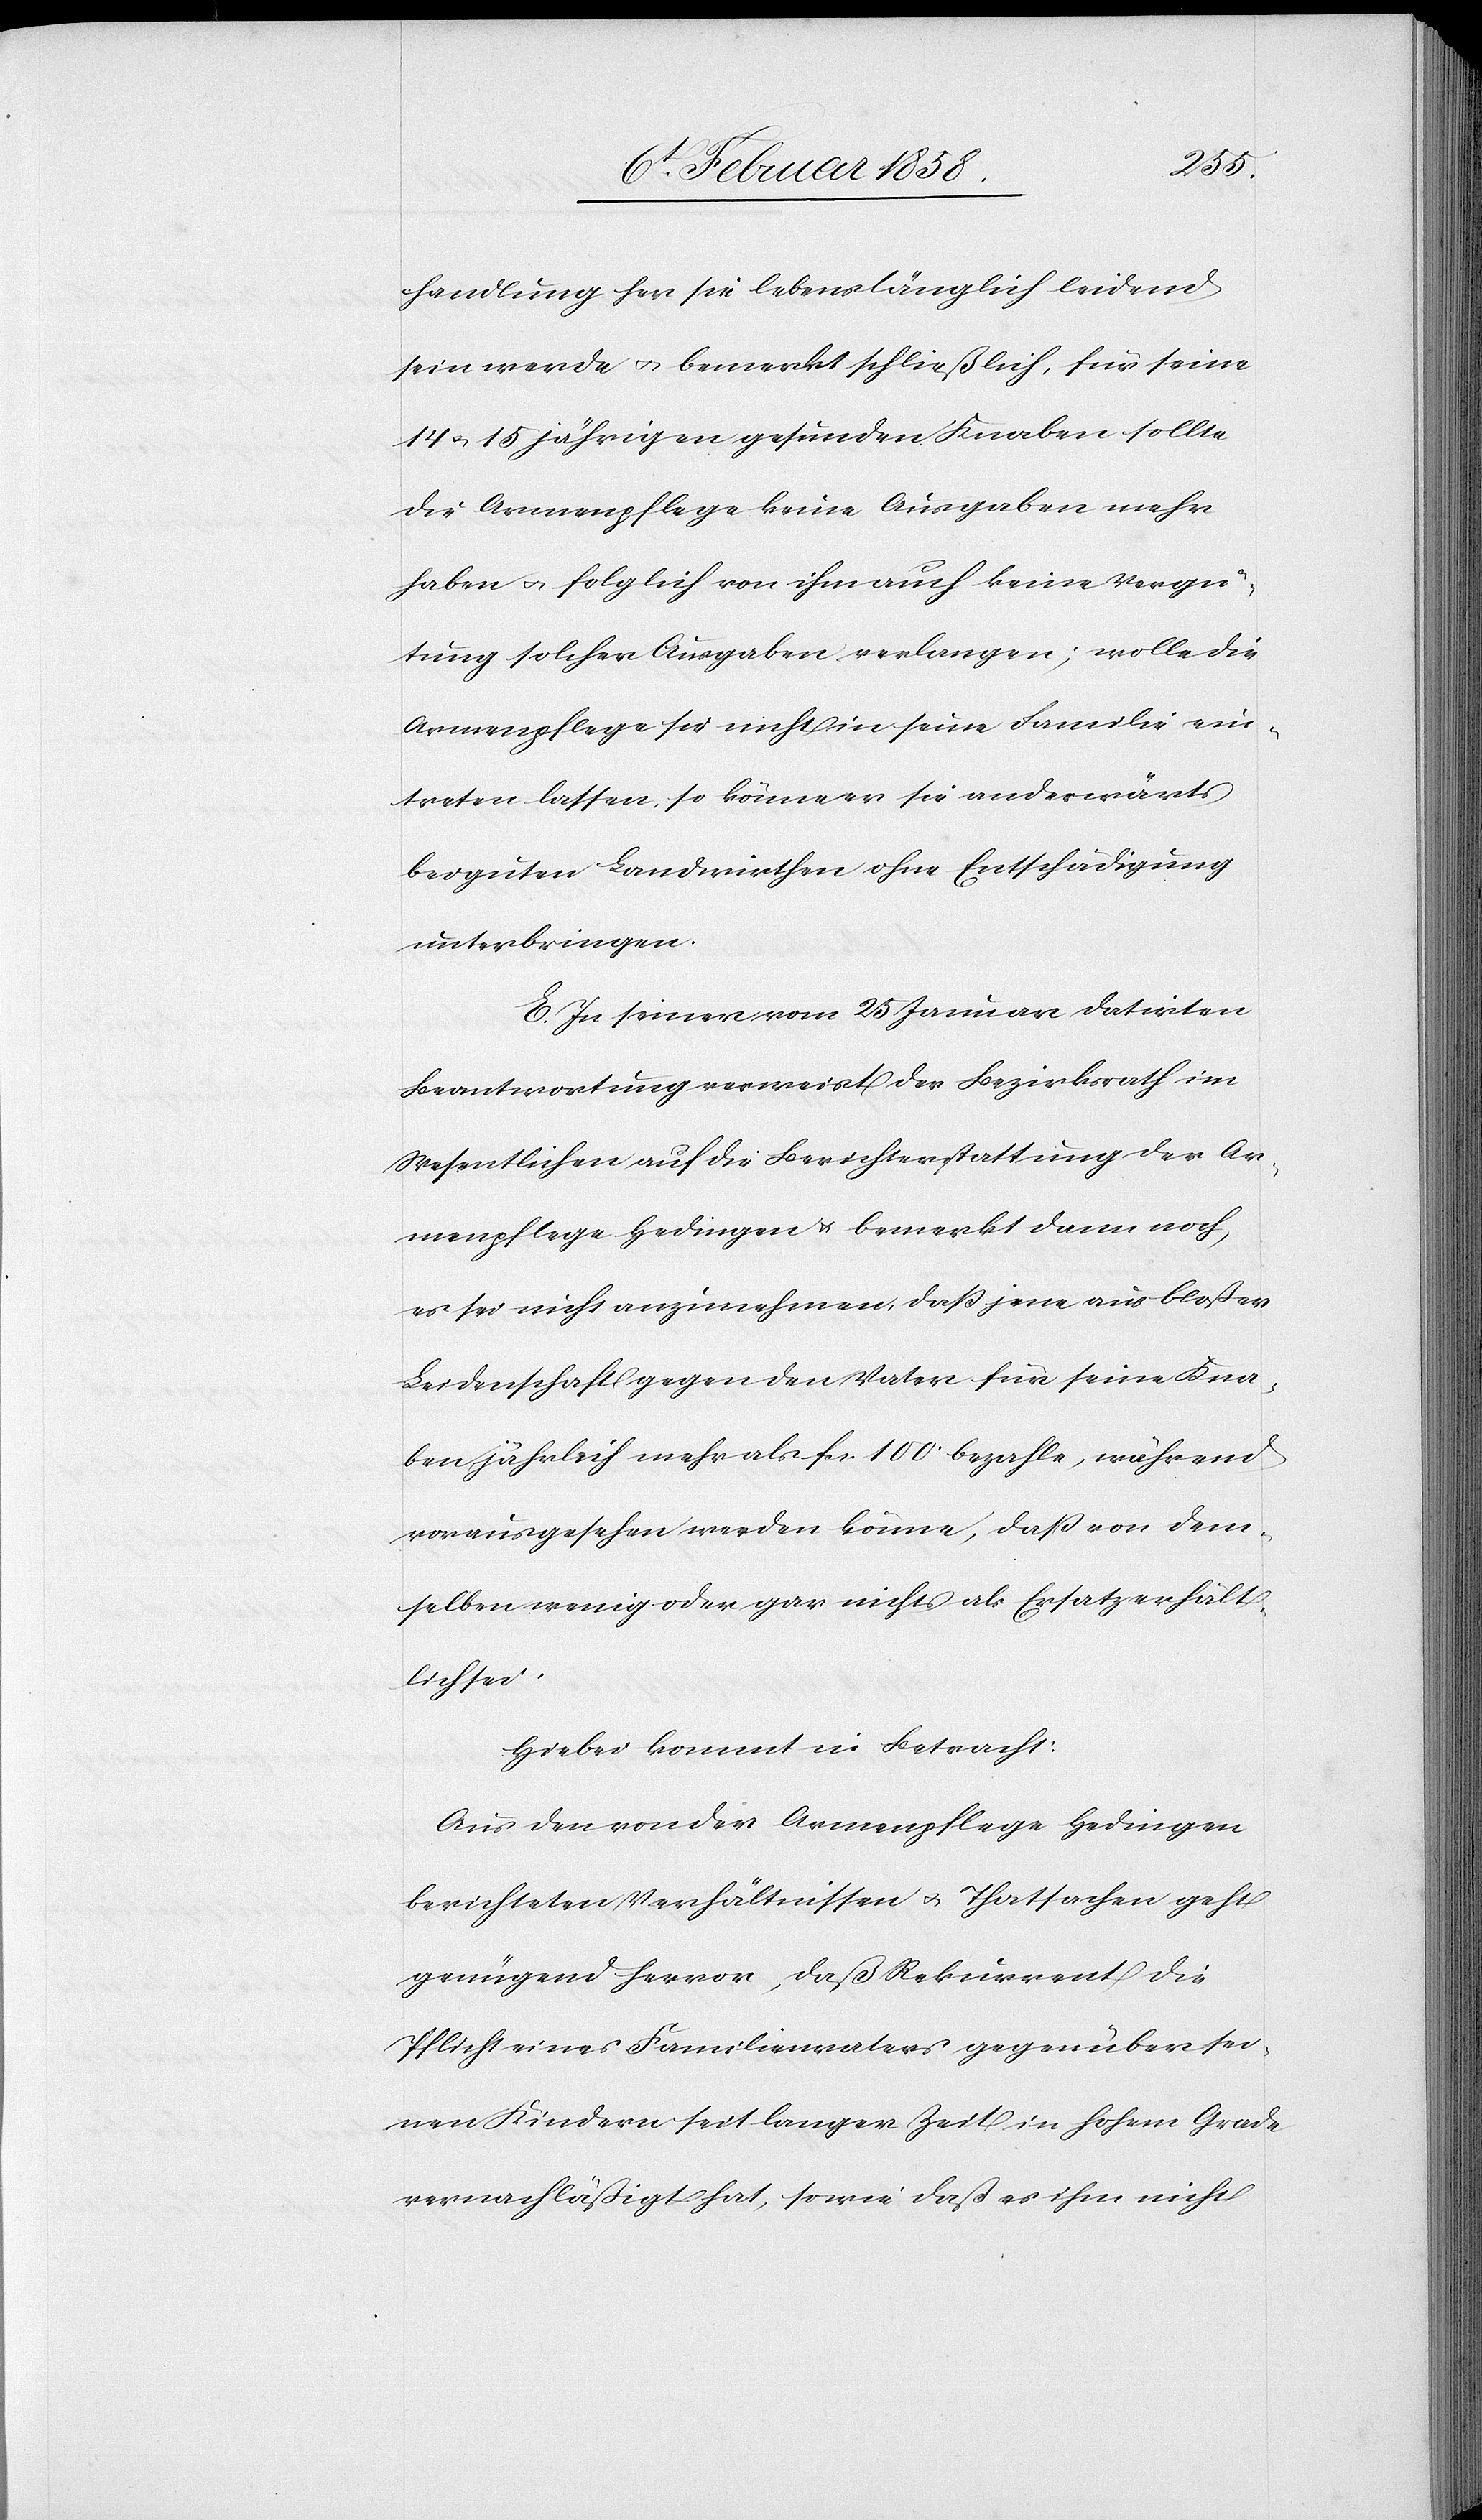
handlung her sie lebenslänglich leidend
sein werde u. bemerkt schließlich, für seine
14 u. 15 jährigen gesunden Knaben sollte
die Armenpflege keine Ausgaben mehr
haben u. folglich von ihm auch keine Vergü¬
tung solcher Ausgaben verlangen; wolle die
Armenpflege sie nicht in seine Familie ein¬
treten lassen, so könne er sie anderwärts
bei guten Landwirthen ohne Entschädigung
unterbringen.
E. In seiner vom 25 Januar datirten
Beantwortung verweist der Bezirksrath im
Wesentlichen auf die Berichterstattung der Ar¬
menpflege Hedingen u. bemerkt dann noch,
es sei nicht anzunehmen, daß jene aus bloßer
Leidenschaft gegen den Vater für seine Kna¬
ben jährlich mehr als fcs. 100. bezahle, während
vorausgesehen werden könne, daß von dem¬
selben wenig oder gar nichts als Ersatz erhält¬
lich sei.
Hiebei kommt in Betracht:
Aus den von der Armenpflege Hedingen
berichteten Verhältnissen u. Thatsachen geht
genügend hervor, daß Rekurrent die
Pflicht eines Familienvaters gegenüber sei¬
nen Kindern seit langer Zeit in hohem Grade
vernachläßigt hat, sowie daß es ihm nicht